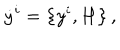
\dot { y } ^ { i } = \left\{ y ^ { i } , H \right\} ,